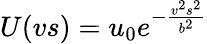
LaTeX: U(vs)=u_{0}e^{-\frac{v^{2}s^{2}}{b^{2}}}